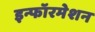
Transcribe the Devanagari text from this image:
इन्फॉरमेशन